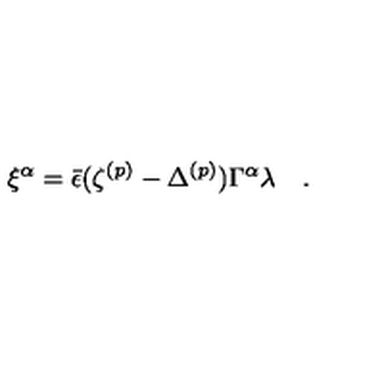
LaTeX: \xi ^ { \alpha } = { \bar { \epsilon } } ( \zeta ^ { ( p ) } - \Delta ^ { ( p ) } ) \Gamma ^ { \alpha } \lambda \quad .